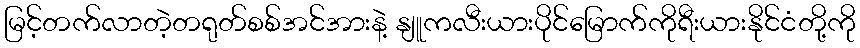
မြင့်တက်လာတဲ့တရုတ်စစ်အင်အားနဲ့ နျူကလီးယားပိုင်မြောက်ကိုရီးယားနိုင်ငံတို့ကို